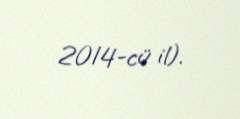
2014-cü il).